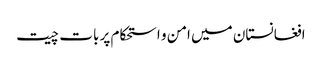
افغانستان میں امن و استحکام پر بات چیت